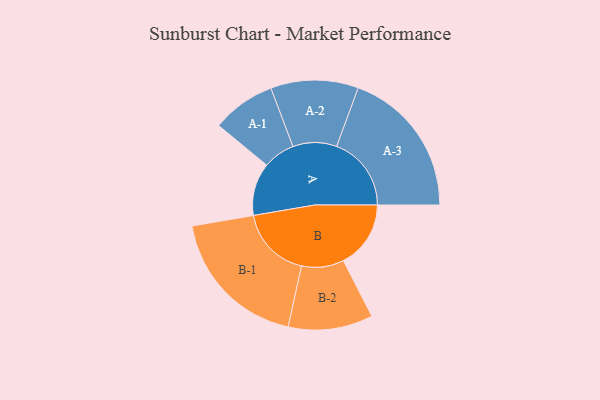
{"axis": {"x": "Segment", "y": "Value"}, "legend": ["", "A", "B"], "data": [{"x": "A", "y": 208, "type": ""}, {"x": "B", "y": 266, "type": ""}, {"x": "A-1", "y": 126, "type": "A"}, {"x": "A-2", "y": 173, "type": "A"}, {"x": "A-3", "y": 295, "type": "A"}, {"x": "B-1", "y": 287, "type": "B"}, {"x": "B-2", "y": 167, "type": "B"}]}